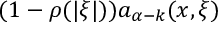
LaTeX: ( 1 - \rho ( | \xi | ) ) a _ { \alpha - k } ( x , \xi )